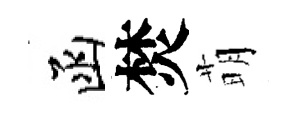
函焚萌